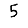
Digit: 5